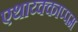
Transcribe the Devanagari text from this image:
एथाय्क्काप्पम